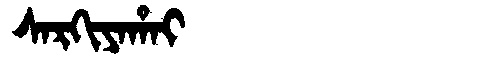
Manchu: ᠰᠠᡵᡴᡳᠶᠠᡥᠠᡳ
Romanization: SARKIYAHAI